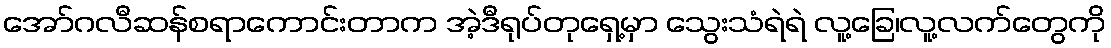
အော်ဂလီဆန်စရာကောင်းတာက အဲ့ဒီရုပ်တုရှေ့မှာ သွေးသံရဲရဲ လူ့ခြေ၊လူ့လက်တွေကို